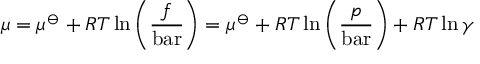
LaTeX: \mu = \mu ^ { \ominus } + R T \ln \left( { \frac { f } { \mathrm { b a r } } } \right) = \mu ^ { \ominus } + R T \ln \left( { \frac { p } { \mathrm { b a r } } } \right) + R T \ln \gamma